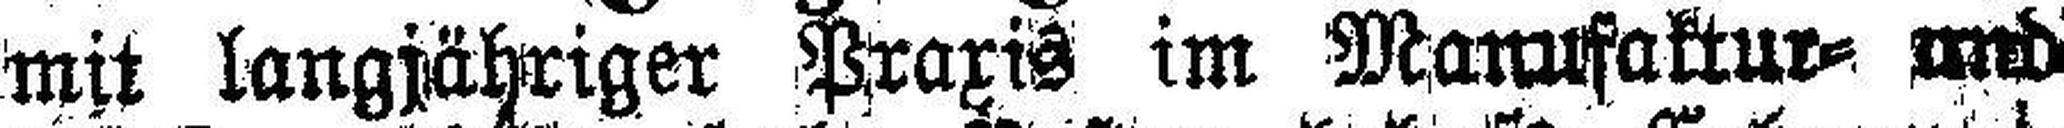
mit langjähriger Praxis im Manufaktur= und